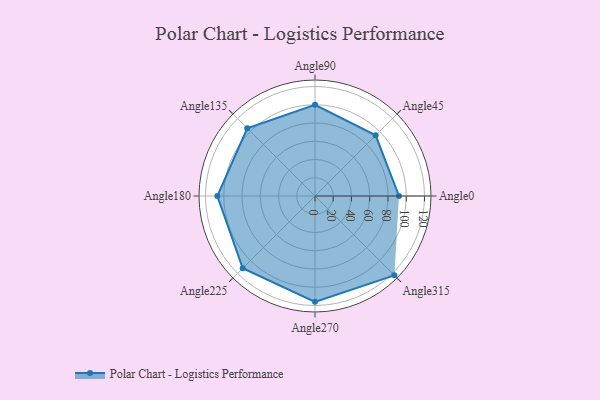
{"axis": {"x": "Angle", "y": "Radius"}, "legend": [""], "data": [{"x": "Angle0", "y": 92.0, "type": ""}, {"x": "Angle45", "y": 94.0, "type": ""}, {"x": "Angle90", "y": 100.0, "type": ""}, {"x": "Angle135", "y": 105.0, "type": ""}, {"x": "Angle180", "y": 107.0, "type": ""}, {"x": "Angle225", "y": 112.0, "type": ""}, {"x": "Angle270", "y": 116.0, "type": ""}, {"x": "Angle315", "y": 123.0, "type": ""}]}